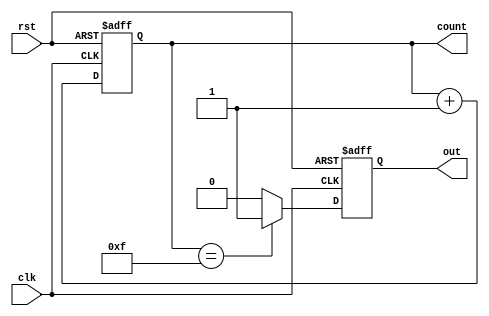
module ripple_counter_clk_divider (
  input wire clk,
  input wire rst,
  output reg [3:0] count,
  output reg out
);

// Timing control and synchronization blocks
always @(posedge clk or posedge rst) begin
  if (rst) begin
    count <= 4'b0000;
    out <= 1'b0;
  end else begin
    count <= count + 1;
    out <= (count == 4'b1111) ? 1'b1 : 1'b0;
  end
end

endmodule